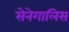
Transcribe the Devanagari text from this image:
सेनेगालिस